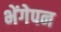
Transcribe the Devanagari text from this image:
भेंगेपन